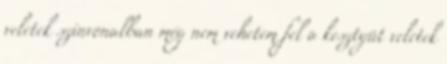
veletek szinvonalban még nem vehetem fel a kesztyüt veletek